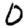
Digit: 0